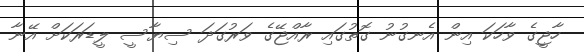
ހާޖީގެ ވާހަކަ އިން އެނގުނު ގޮތުގައި ރާއްޖޭގެ ވަރުގަދަ ސިޔާސީ ލީޑަރަކަށް އޭނާ